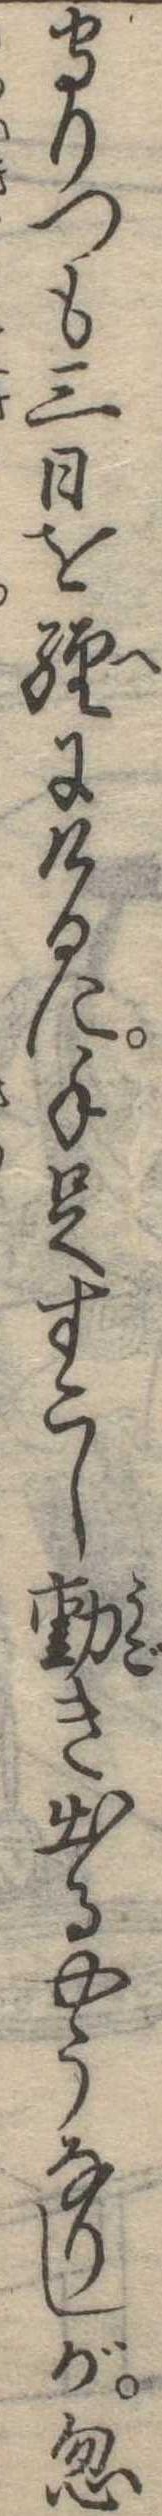
守りつも三日を経にけるに手足すこし動き出るやうなりしが忽